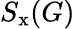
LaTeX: S_{\mathrm{x}}(G)